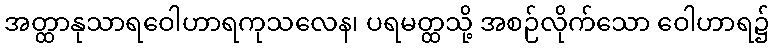
အတ္ထာနုသာရဝေါဟာရကုသလေန၊ ပရမတ္ထသို့ အစဉ်လိုက်သော ဝေါဟာရ၌